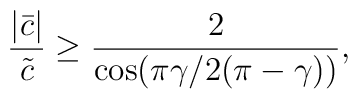
\frac{|\bar{c}|}{\tilde{c}}\geq \frac{2}{\cos(\pi\gamma/2(\pi-\gamma))},